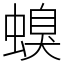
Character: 螑